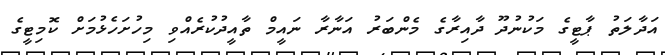
އަދާލަތު ޕާޓީގެ މަކުނުދޫ ދާއިރާގެ މެންބަރު އަނާރާ ނައީމް ތާއީދުކުރެއްވި މިހުށަހެޅުމަށް ކޮމިޓީގެ